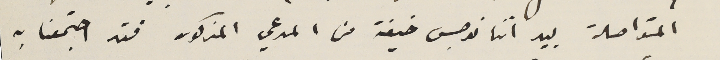
المتواصلة بيد اننا نوجس خيفة من المدعي المذكور فقد اجتمعنا به